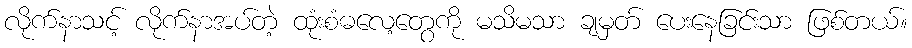
လိုက်နာသင့် လိုက်နာအပ်တဲ့ ထုံးစံဓလေ့တွေကို မသိမသာ ချမှတ် ပေးနေခြင်းသာ ဖြစ်တယ်။